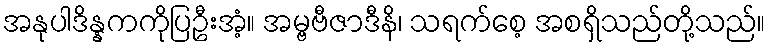
အနုပါဒိန္နကကိုပြဦးအံ့။ အမ္ဗဗီဇာဒီနိ၊ သရက်စေ့ အစရှိသည်တို့သည်။